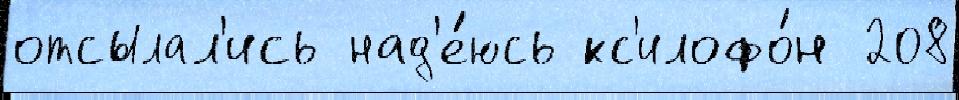
отсылал'ись над'е́юсь кс'илофо́н 208